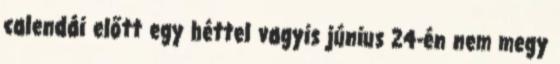
calendái előtt egy héttel vagyis június 24-én nem megy